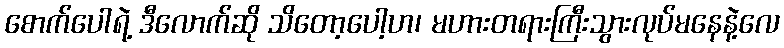
စောက်ပေါရဲ့ ဒီလောက်ဆို သိတော့ပေါ့ဟ၊ မဟားတရားကြီးသွားလုပ်မနေနဲ့လေ